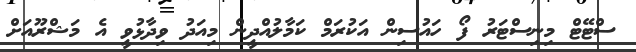
ސްޓޭޓް މިނިސްޓަރު ފޯ ހައުސިން އަކުރަމް ކަމާލުއްދީން މިއަދު ވިދާޅުވީ އެ މަޝްރޫއަށް